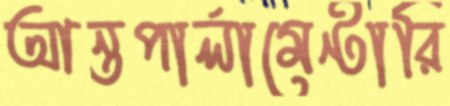
আন্তপার্লামেন্টারি